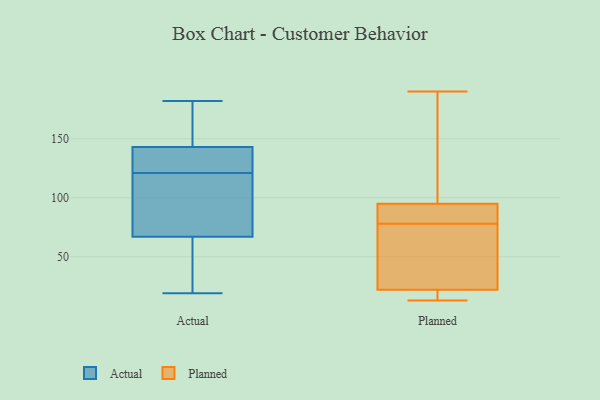
{"axis": {"x": "Churn Rate (%)", "y": "Value"}, "legend": ["Actual", "Planned"], "data": [{"x": "", "y": 123, "type": "Actual"}, {"x": "", "y": 160, "type": "Actual"}, {"x": "", "y": 119, "type": "Actual"}, {"x": "", "y": 109, "type": "Actual"}, {"x": "", "y": 117, "type": "Actual"}, {"x": "", "y": 114, "type": "Actual"}, {"x": "", "y": 42, "type": "Actual"}, {"x": "", "y": 44, "type": "Actual"}, {"x": "", "y": 130, "type": "Actual"}, {"x": "", "y": 67, "type": "Actual"}, {"x": "", "y": 144, "type": "Actual"}, {"x": "", "y": 143, "type": "Actual"}, {"x": "", "y": 136, "type": "Actual"}, {"x": "", "y": 19, "type": "Actual"}, {"x": "", "y": 168, "type": "Actual"}, {"x": "", "y": 137, "type": "Actual"}, {"x": "", "y": 182, "type": "Actual"}, {"x": "", "y": 42, "type": "Actual"}, {"x": "", "y": 190, "type": "Planned"}, {"x": "", "y": 83, "type": "Planned"}, {"x": "", "y": 82, "type": "Planned"}, {"x": "", "y": 95, "type": "Planned"}, {"x": "", "y": 148, "type": "Planned"}, {"x": "", "y": 32, "type": "Planned"}, {"x": "", "y": 14, "type": "Planned"}, {"x": "", "y": 22, "type": "Planned"}, {"x": "", "y": 74, "type": "Planned"}, {"x": "", "y": 13, "type": "Planned"}]}